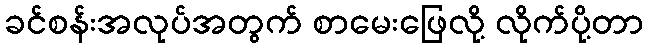
ခင်စန်းအလုပ်အတွက် စာမေးဖြေလို့ လိုက်ပို့တာ